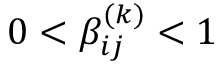
0 < \beta _ { i j } ^ { ( k ) } < 1